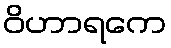
ဝိဟာရကေ